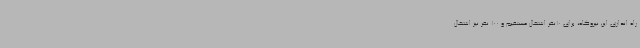
راه اندازی این نیروگاه، برای 10نفر اشتغال مستقیم و 100 نفر نیز اشتغال